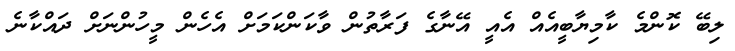
ލިބޭ ކޮންމެ ކާމިޔާބީއެއް އެއީ އޭނާގެ ފަރާތުން ވާކަންކަމަށް އެހެން މީހުންނަށް ދައްކާނެ